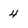
Character: 4